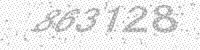
Solution: 863128